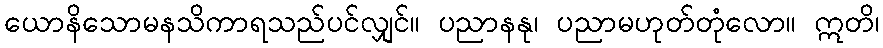
ယောနိသောမနသိကာရသည်ပင်လျှင်။ ပညာနနု၊ ပညာမဟုတ်တုံလော။ ဣတိ၊